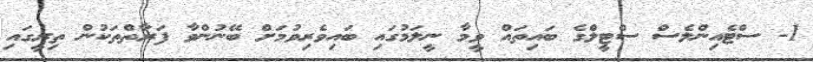
1- ސްޓެއިންލެސް ސްޓީލްގެ ބައިތައް ވީމާ ނީލަމުގައި ބައިވެރިވުމަށް ބޭނުންވާ ފަރާތްތަކުން ތިރީގައި